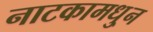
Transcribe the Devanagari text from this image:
नाटकामधु्न